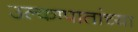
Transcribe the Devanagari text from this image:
उल्कापातांच्या